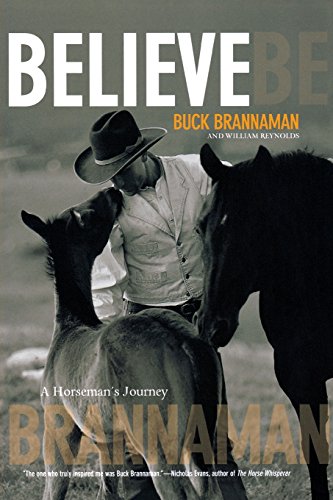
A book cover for Believe: A Horseman's Journey; Buck Brannaman; Crafts, Hobbies & Home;